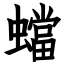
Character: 蟷